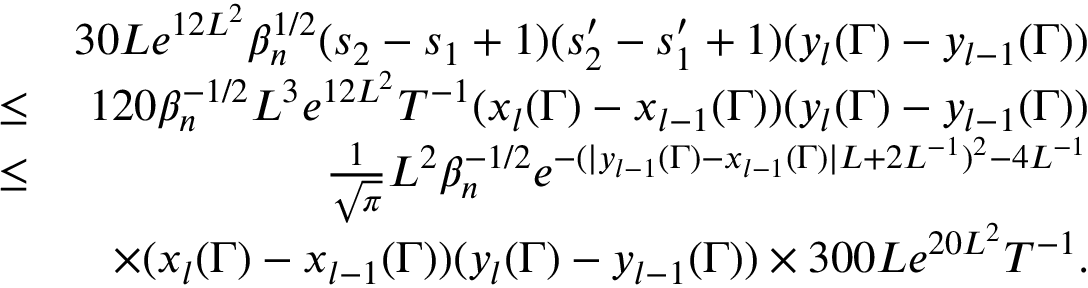
\begin{array} { r l r } & { } & { 3 0 L e ^ { 1 2 L ^ { 2 } } \beta _ { n } ^ { 1 \slash 2 } ( s _ { 2 } - s _ { 1 } + 1 ) ( s _ { 2 } ^ { \prime } - s _ { 1 } ^ { \prime } + 1 ) ( y _ { l } ( \Gamma ) - y _ { l - 1 } ( \Gamma ) ) } \\ & { \leq } & { 1 2 0 \beta _ { n } ^ { - 1 \slash 2 } L ^ { 3 } e ^ { 1 2 L ^ { 2 } } T ^ { - 1 } ( x _ { l } ( \Gamma ) - x _ { l - 1 } ( \Gamma ) ) ( y _ { l } ( \Gamma ) - y _ { l - 1 } ( \Gamma ) ) } \\ & { \leq } & { \frac { 1 } { \sqrt { \pi } } L ^ { 2 } \beta _ { n } ^ { - 1 \slash 2 } e ^ { - ( | y _ { l - 1 } ( \Gamma ) - x _ { l - 1 } ( \Gamma ) | L + 2 L ^ { - 1 } ) ^ { 2 } - 4 L ^ { - 1 } } } \\ & { } & { \times ( x _ { l } ( \Gamma ) - x _ { l - 1 } ( \Gamma ) ) ( y _ { l } ( \Gamma ) - y _ { l - 1 } ( \Gamma ) ) \times 3 0 0 L e ^ { 2 0 L ^ { 2 } } T ^ { - 1 } . } \end{array}